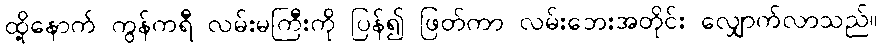
ထို့နောက် ကွန်ကရီ လမ်းမကြီးကို ပြန်၍ ဖြတ်ကာ လမ်းဘေးအတိုင်း လျှောက်လာသည်။